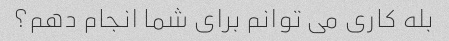
بله کاری می توانم برای شما انجام دهم؟